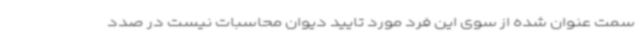
سمت عنوان شده از سوی این فرد مورد تایید دیوان محاسبات نیست در صدد